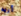
أريد